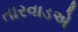
તારવાડએ